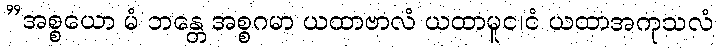
”အစ္စယော မံ ဘန္တေ အစ္စဂမာ ယထာဗာလံ ယထာမူင၊ငံ ယထာအကုသလံ